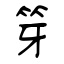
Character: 笌